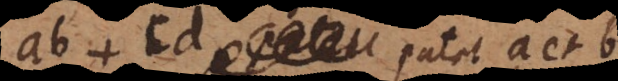
ab + cd patet a et b